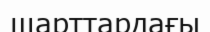
шарттардағы